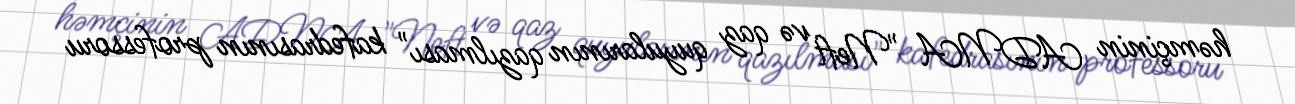
həmçinin ADNA "Neft və qaz quyularının qazılması" kafedrasının professoru